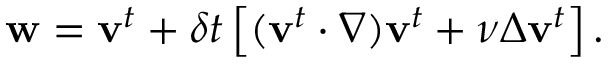
\mathbf { w } = \mathbf { v } ^ { t } + \delta t \left[ ( \mathbf { v } ^ { t } \cdot \nabla ) \mathbf { v } ^ { t } + \nu \Delta \mathbf { v } ^ { t } \right] .